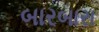
બારબારા